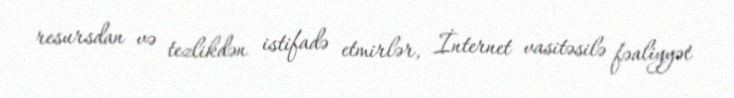
resursdan və tezlikdən istifadə etmirlər, İnternet vasitəsilə fəaliyyət